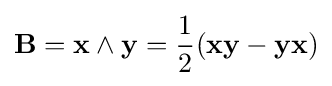
\mathbf {B} =\mathbf {x} \wedge \mathbf {y} ={\frac {1}{2}}(\mathbf {xy} -\mathbf {yx} )